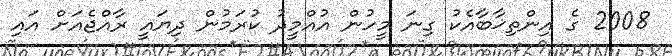
2008 ގެ އިންތިޚާބާއެކު ގިނަ މީހުން އުއްމީދު ކުރަމުން ދިޔައީ ރާއްޖެއަށް އައި